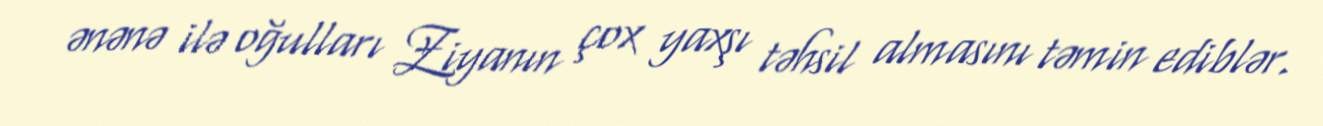
ənənə ilə oğulları Ziyanın çox yaxşı təhsil almasını təmin ediblər.